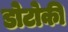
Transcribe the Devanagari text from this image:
डोटोकी